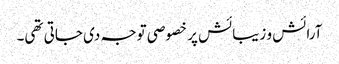
آرائش و زیبائش پر خصوصی توجہ دی جاتی تھی۔